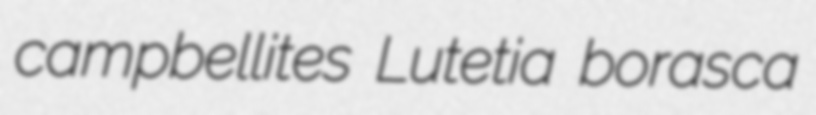
campbellites Lutetia borasca